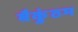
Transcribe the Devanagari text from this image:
बैकुंठम